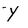
Character: Y